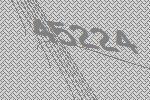
45224